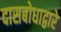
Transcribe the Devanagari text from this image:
दासबोधाद्वारे